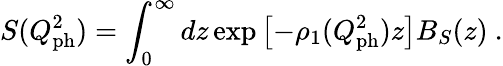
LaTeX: S(Q_{\mathrm{ph}}^{2})=\int_{0}^{\infty}dz\exp\left[-{\rho}_{1}(Q_{\mathrm{ph}}^{2})z\right]B_{S}(z)\ .